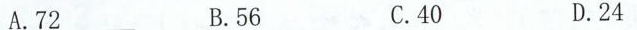
A.72 B.56 C.40 D.24